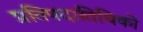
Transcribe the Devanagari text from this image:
प्रतिपदातिथिको